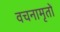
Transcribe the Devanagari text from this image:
वचनामृतों